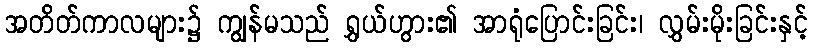
အတိတ်ကာလများ၌ ကျွန်မသည် ရွှယ်ဟွား၏ အာရုံပြောင်းခြင်း၊ လွှမ်းမိုးခြင်းနှင့်